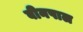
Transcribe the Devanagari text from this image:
बीनपाल